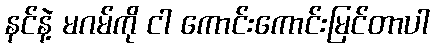
နင်နဲ့ မဂမ်ကို ငါ ကောင်းကောင်းမြင်တာပါ